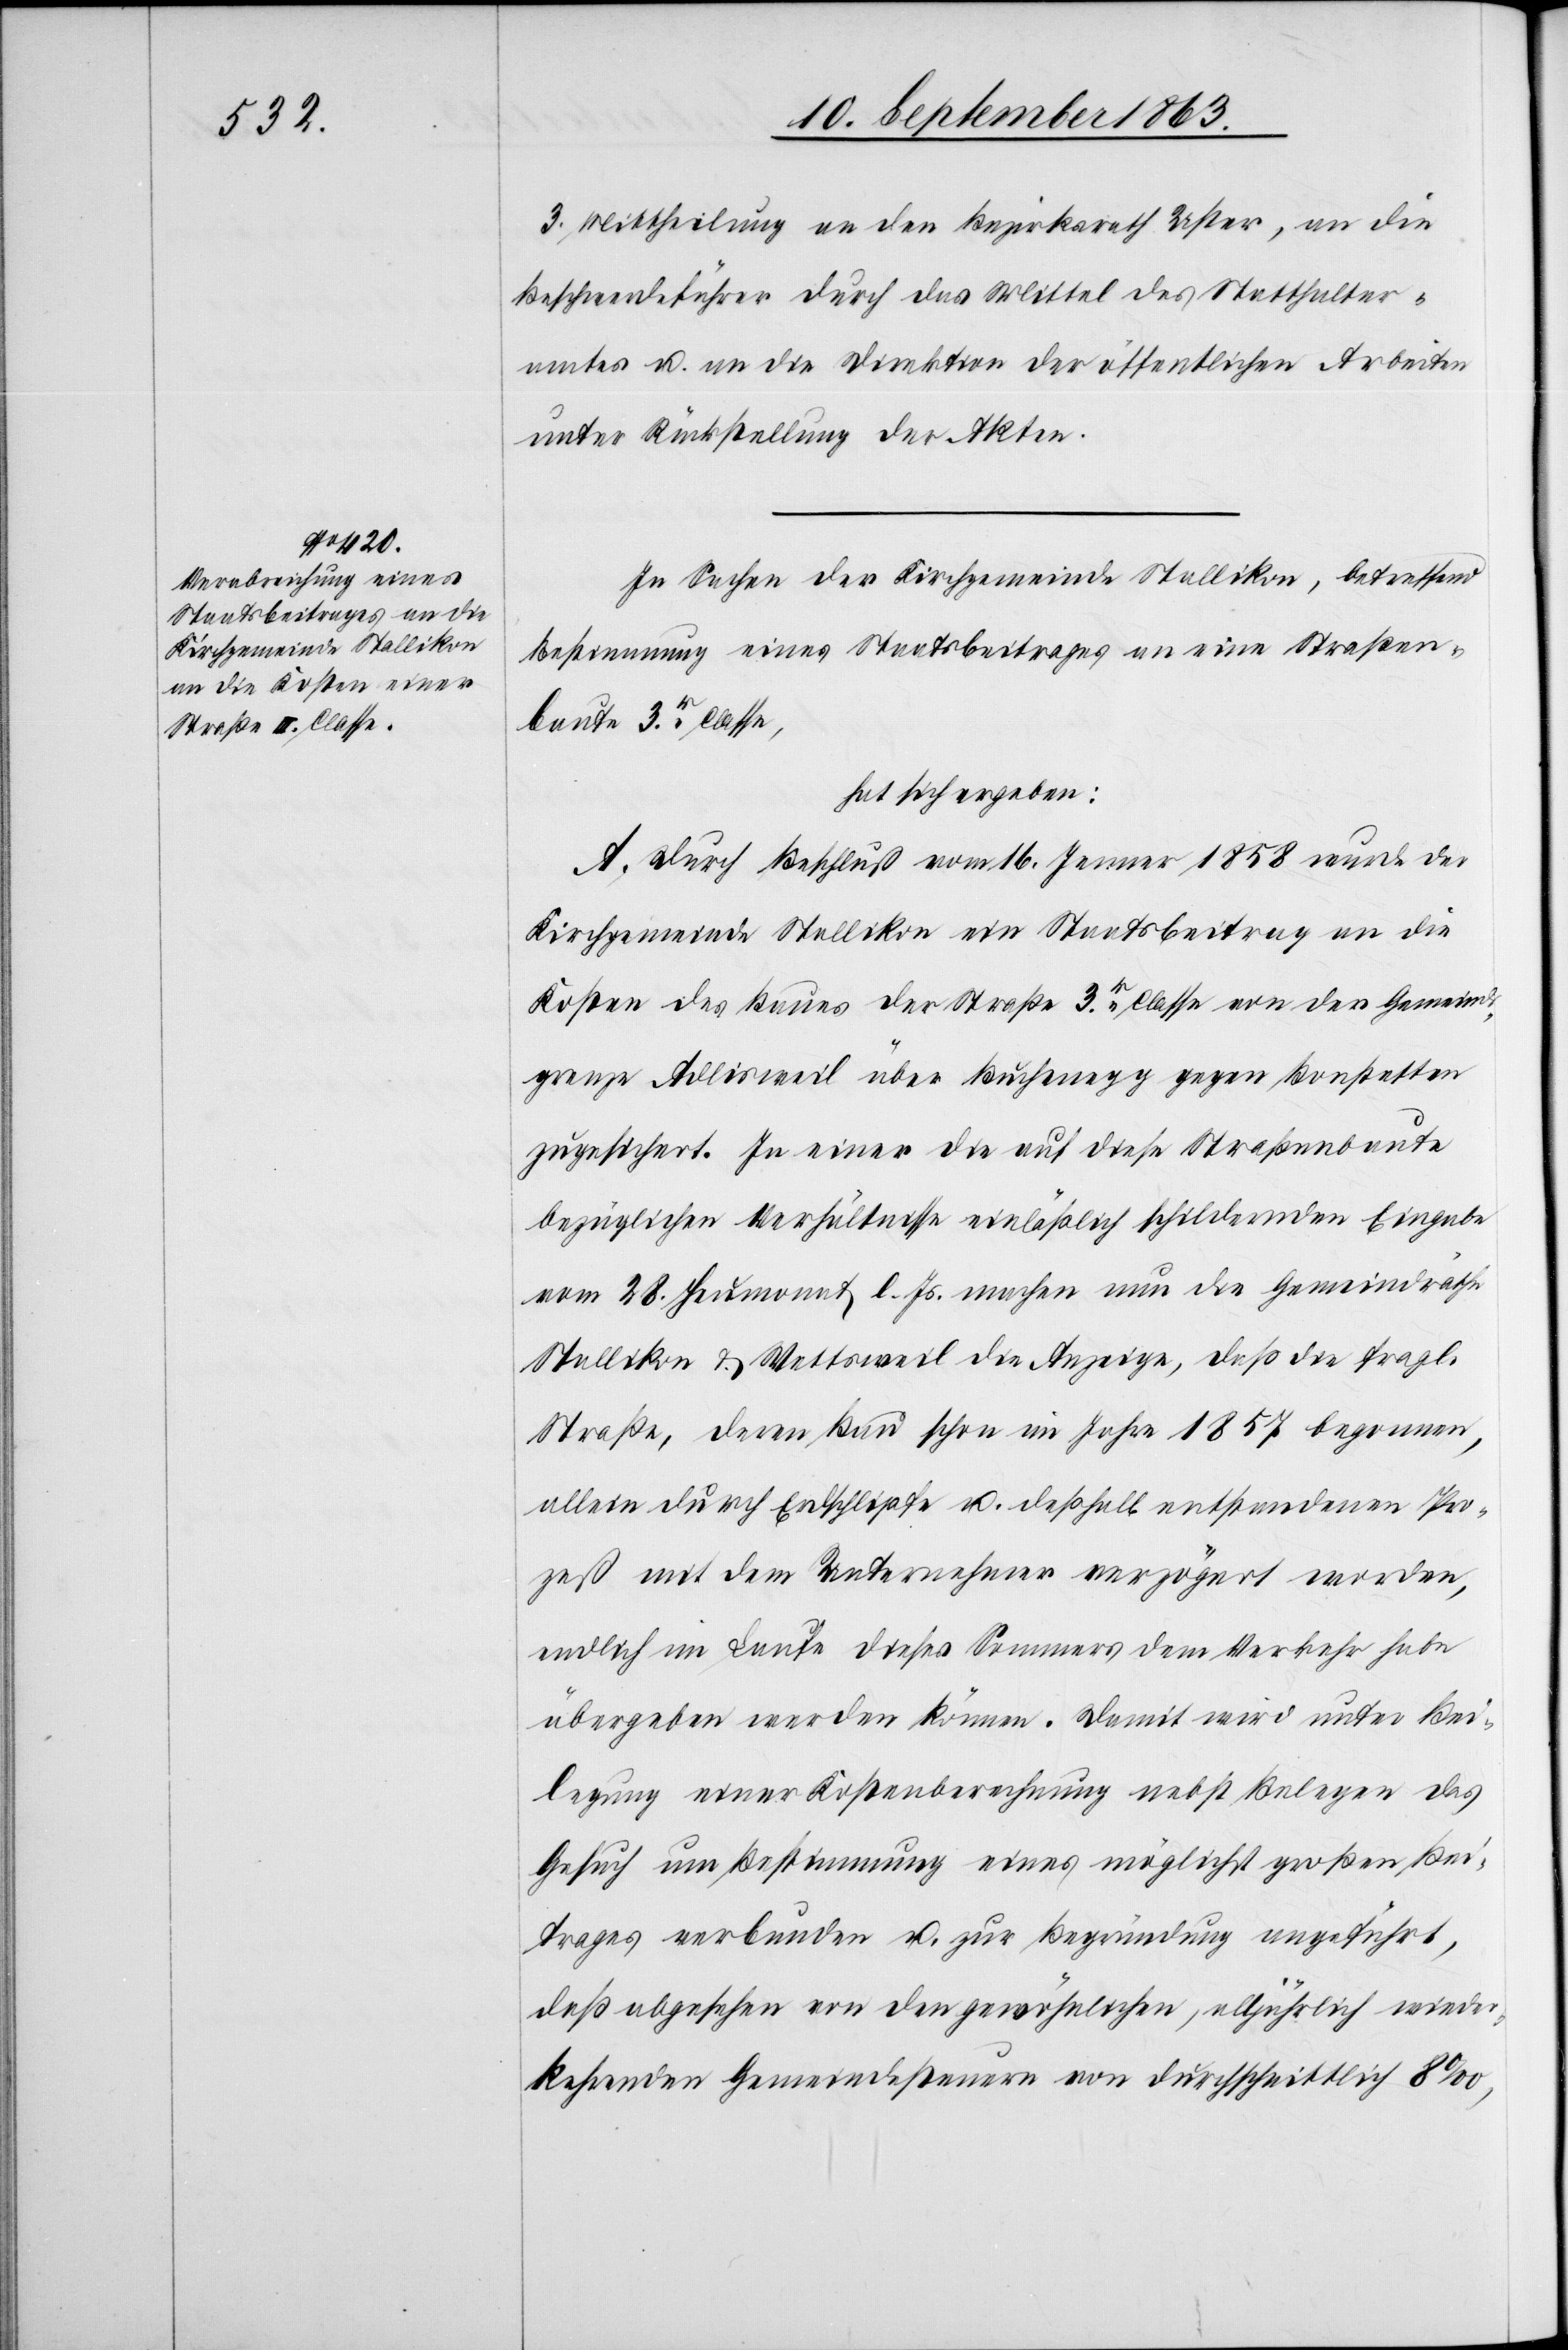
3. Mittheilung an den Bezirksrath Uster, an die
Beschwerdeführer durch das Mittel des Statthalter¬
amtes u. an die Direktion der öffentlichen Arbeiten
unter Rückstellung der Akten.
In Sachen der Kirchgemeinde Stallikon, betreffend
Bestimmung eines Staatsbeitrages an eine Straßen¬
baute 3r. Classe,
hat sich ergeben:
A. Durch Beschluß vom 16. Jenner 1858 wurde der
Kirchgemeinde Stallikon ein Staatsbeitrag an die
Kosten des Baues der Straße 3r. Classe von der Gemeinds¬
grenze Adlisweil über Buchenegg gegen Bonstetten
zugesichert. In einer die auf diese Straßenbaute
bezüglichen Verhältnisse einläßlich schildernden Eingabe
vom 28. Heumonat l. Js. machen nun die Gemeindräthe
Stallikon & Wettsweil die Anzeige, daß die fragl.
Straße, deren Bau schon im Jahre 1857 begonnen,
allein durch Erdschlipfe u. deßhalb entstandenen Pro¬
zeß mit dem Unternehmer verzögert worden,
endlich im Laufe dieses Sommers dem Verkehr habe
übergeben werden können. Damit wird unter Bei¬
legung einer Kostenberechnung nebst Belegen das
Gesuch um Bestimmung eines möglichst großen Bei¬
trages verbunden u. zur Begründung angeführt,
daß abgesehen von den gewöhnlichen, alljährlich wieder¬
kehrenden Gemeindesteuern von durchschnittlich 8‰,